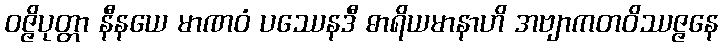
ဝဇ္ဇိပုတ္တာ နီနယေ မာဏဝံ ပဿေနဒီ ဓာရိယမာနာဟိ အဗျာကတဝိဿဇ္ဇနေ